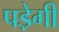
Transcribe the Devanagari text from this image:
पडे़गी